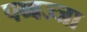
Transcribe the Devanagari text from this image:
पब्बज्जा